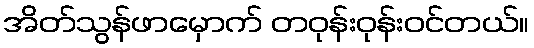
အိတ်သွန်ဖာမှောက် တဝုန်းဝုန်းဝင်တယ်။